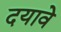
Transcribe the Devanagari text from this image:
दयावे